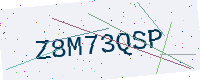
Text: Z8M73QSP